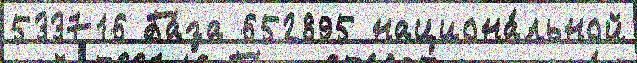
533716 Ба́за 652895 национа́льной